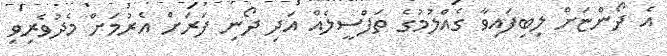
އެ ދޯންޏަށް ލިބިފައިވާ ގެއްލުމުގެ ތަފްސީލެއް އަދި ދޯނި ފަރަށް އެރުމަށް މެދުވެރިވި